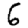
Digit: 6